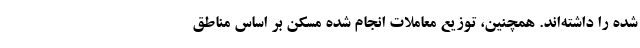
شده را داشته‌اند. همچنین، توزیع معاملات انجام شده مسکن بر اساس مناطق